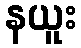
နယူး